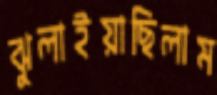
ঝুলাইয়াছিলাম